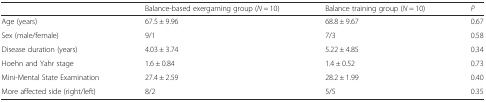
<table><thead><tr><td></td><td><b>Balance-based exergaming group (<i>N</i> = 10)</b></td><td><b>Balance training group (<i>N</i> = 10)</b></td><td><b><i>P</i></b></td></tr></thead><tbody><tr><td>Age (years)</td><td>67.5 ± 9.96</td><td>68.8 ± 9.67</td><td>0.67</td></tr><tr><td>Sex (male/female)</td><td>9/1</td><td>7/3</td><td>0.58</td></tr><tr><td>Disease duration (years)</td><td>4.03 ± 3.74</td><td>5.22 ± 4.85</td><td>0.34</td></tr><tr><td>Hoehn and Yahr stage</td><td>1.6 ± 0.84</td><td>1.4 ± 0.52</td><td>0.73</td></tr><tr><td>Mini-Mental State Examination</td><td>27.4 ± 2.59</td><td>28.2 ± 1.99</td><td>0.40</td></tr><tr><td>More affected side (right/left)</td><td>8/2</td><td>5/5</td><td>0.35</td></tr></tbody></table>